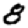
Digit: 8